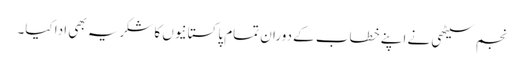
نجم سیٹھی نے اپنے خطاب کے دوران تمام پاکستانیوں کا شکریہ بھی ادا کیا۔